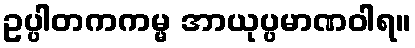
ဥပ္ပါတကကမ္မ အာယုပ္ပမာဏဝါရ။